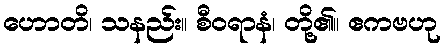
ဟောတိ၊ သနည်း။ စီဝရာနံ၊ တို့၏။ ဧကဗဟု